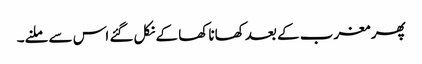
پھر مغرب کے بعد کھانا کھا کے نکل گئے اس سے ملنے۔